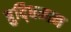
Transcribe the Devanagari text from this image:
बुद्‍धिमान